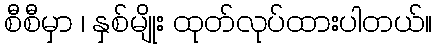
စီစီမှာ ၊ နှစ်မျိုး ထုတ်လုပ်ထားပါတယ်။